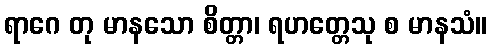
ရာဂေ တု မာနသော စိတ္တာ၊ ရဟတ္တေသု စ မာနသံ။